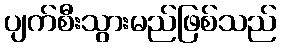
ပျက်စီးသွားမည်ဖြစ်သည်